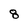
Character: 8